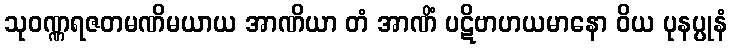
သုဝဏ္ဏရဇတမဏိမယာယ အာဏိယာ တံ အာဏိံ ပဋိဗာဟယမာနော ဝိယ ပုနပ္ပုနံ